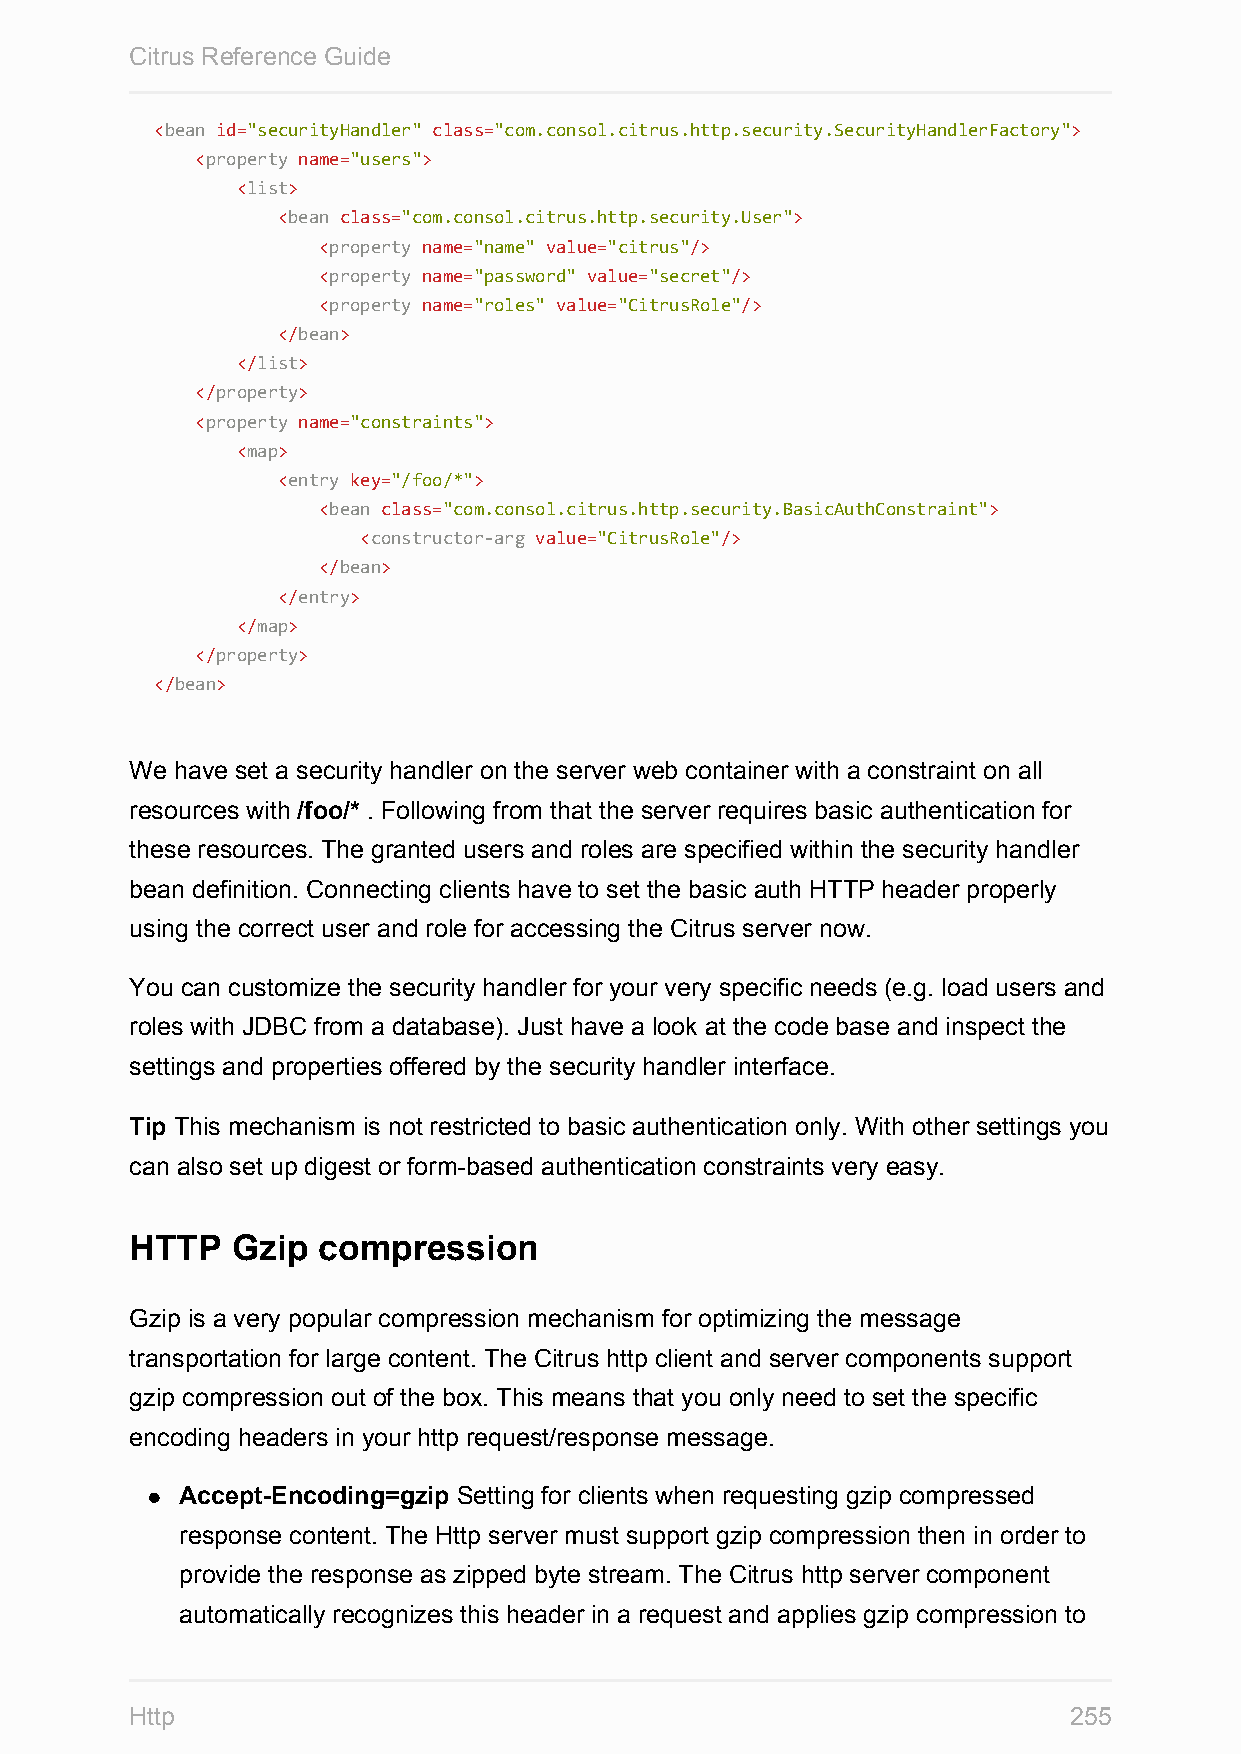
Citrus Reference Guide
 <bean id="securityHandler" class="com.consol.citrus.http.security.SecurityHandlerFactory">
 <property name="users">
 <list>
 <bean class="com.consol.citrus.http.security.User">
 <property name="name" value="citrus"/>
 <property name="password" value="secret"/>
 <property name="roles" value="CitrusRole"/>
 </bean>
 </list>
 </property>
 <property name="constraints">
 <map>
 <entry key="/foo/*">
 <bean class="com.consol.citrus.http.security.BasicAuthConstraint">
 <constructor-arg value="CitrusRole"/>
 </bean>
 </entry>
 </map>
 </property>
 </bean>
 We have set a security handler on the server web container with a constraint on all
 resources with /foo/* . Following from that the server requires basic authentication for
 these resources. The granted users and roles are specified within the security handler
 bean definition. Connecting clients have to set the basic auth HTTP header properly
 using the correct user and role for accessing the Citrus server now.
 You can customize the security handler for your very specific needs (e.g. load users and
 roles with JDBC from a database). Just have a look at the code base and inspect the
 settings and properties offered by the security handler interface.
 Tip This mechanism is not restricted to basic authentication only. With other settings you
 can also set up digest or form-based authentication constraints very easy.
 HTTP  Gzip  compression
 Gzip is a very popular compression mechanism for optimizing the message
 transportation for large content. The Citrus http client and server components support
 gzip compression out of the box. This means that you only need to set the specific
 encoding headers in your http request/response message.
 Accept-Encoding=gzip Setting for clients when requesting gzip compressed
 response content. The Http server must support gzip compression then in order to
 provide the response as zipped byte stream. The Citrus http server component
 automatically recognizes this header in a request and applies gzip compression to
 Http                                                          255